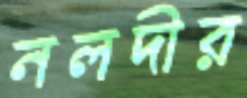
নলদীর